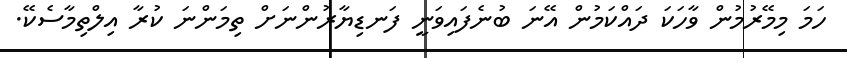
ހަމަ މިމޭރުމުން ވާހަކަ ދައްކަމުން އޭނަ ބުނެފައިވަނީ ފަނޑިޔާރުންނަށް ތިމަންނަ ކުރާ އިލްތިމާސެކޭ.